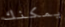
يمكنك